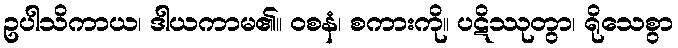
ဥပါသိကာယ၊ ဒါယကာမ၏။ ဝစနံ၊ စကားကို။ ပဋိဿုတွာ၊ ရိုသေစွာ